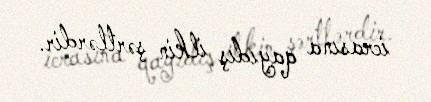
icrasına qayıdış ilkin şərtlərdir.